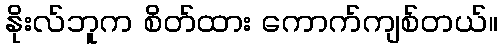
နိုးလ်ဘူက စိတ်ထား ကောက်ကျစ်တယ်။